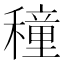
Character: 穜